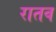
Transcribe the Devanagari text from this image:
रातव